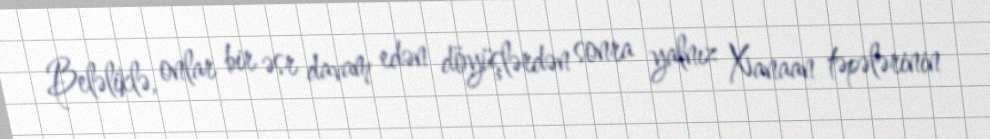
Beləliklə, onlar bir əsr davam edən döyüşlərdən sonra yalnız Xanaan təpələrinin